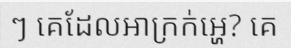
ៗ គេដែលអាក្រក់អ្ហេ? គេ